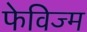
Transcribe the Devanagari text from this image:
फेविज्म